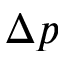
\Delta p